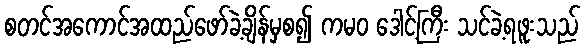
စတင်အကောင်အထည်ဖော်ခဲ့ချိန်မှစ၍ ကမဝ ဒေါင့်ကြီး သင်ခဲ့ရဖူးသည်